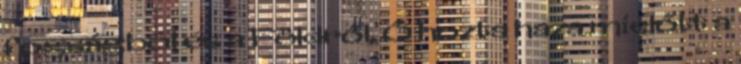
fogságból és a Földről. Ő hozta haza mielőtt a